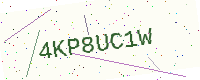
Text: 4KP8UC1W